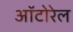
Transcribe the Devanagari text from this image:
ऑटोरेल